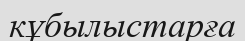
кұбылыстарға